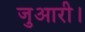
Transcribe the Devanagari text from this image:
जुआरी।